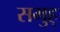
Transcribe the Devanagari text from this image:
समुह्